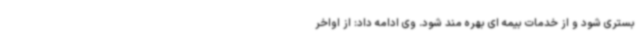
بستری شود و از خدمات بیمه ای بهره مند شود. وی ادامه داد: از اواخر